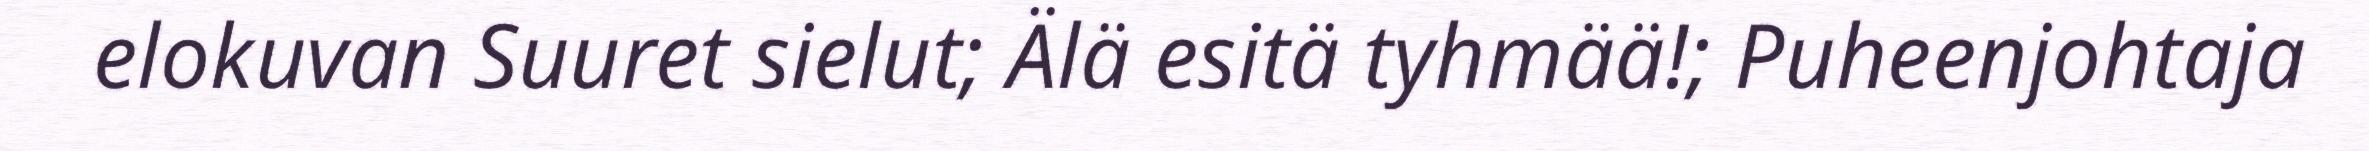
elokuvan Suuret sielut; Älä esitä tyhmää!; Puheenjohtaja